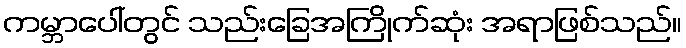
ကမ္ဘာပေါ်တွင် သည်းခြေအကြိုက်ဆုံး အရာဖြစ်သည်။